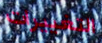
التغييرات